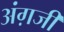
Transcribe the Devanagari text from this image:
अंग़जी